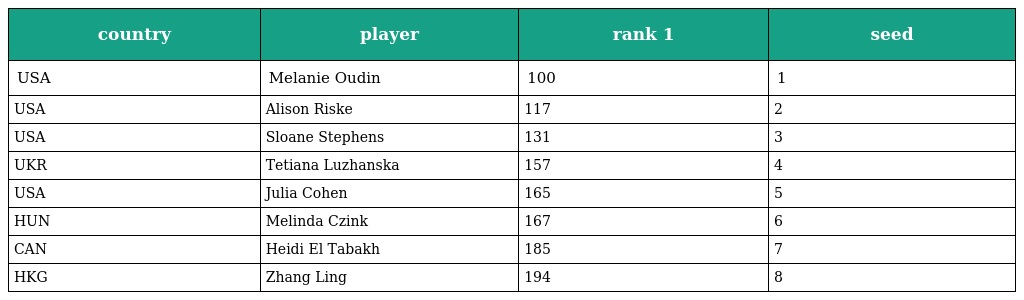
| country | player | rank 1 | seed |
 | --- | --- | --- | --- |
 | USA | Melanie Oudin | 100 | 1 |
 | USA | Alison Riske | 117 | 2 |
 | USA | Sloane Stephens | 131 | 3 |
 | UKR | Tetiana Luzhanska | 157 | 4 |
 | USA | Julia Cohen | 165 | 5 |
 | HUN | Melinda Czink | 167 | 6 |
 | CAN | Heidi El Tabakh | 185 | 7 |
 | HKG | Zhang Ling | 194 | 8 |